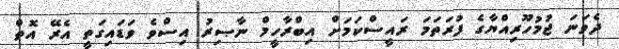
ދެވަނަ ޖުމުހޫރިއްޔާގެ ފުރަތަމަ ރައީސްކަމަށް އިބްރާހީމް ނާޞިރު އިސްވެ ވަޑައިގަތީ އެރޭ އޮތް